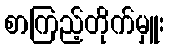
စာကြည့်တိုက်မှူး